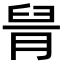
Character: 𦥩